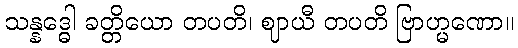
သန္နဒ္ဓေါ ခတ္တိယော တပတိ၊ ဈာယီ တပတိ ဗြာဟ္မဏော။